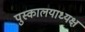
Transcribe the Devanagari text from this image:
पुस्कालयाध्यक्ष